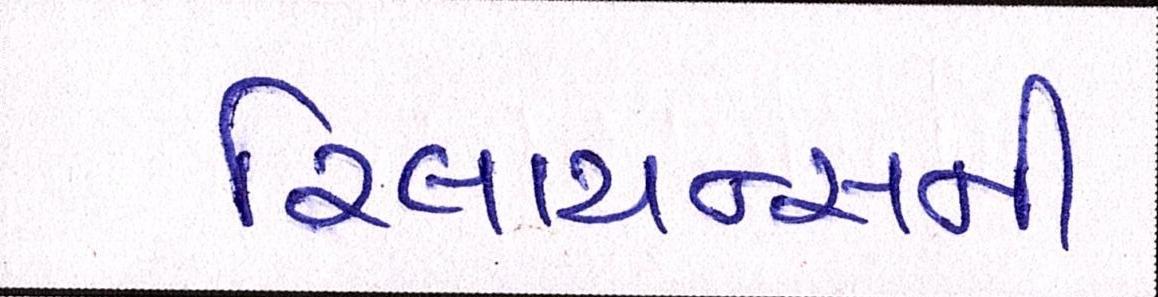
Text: રિલાયન્સની